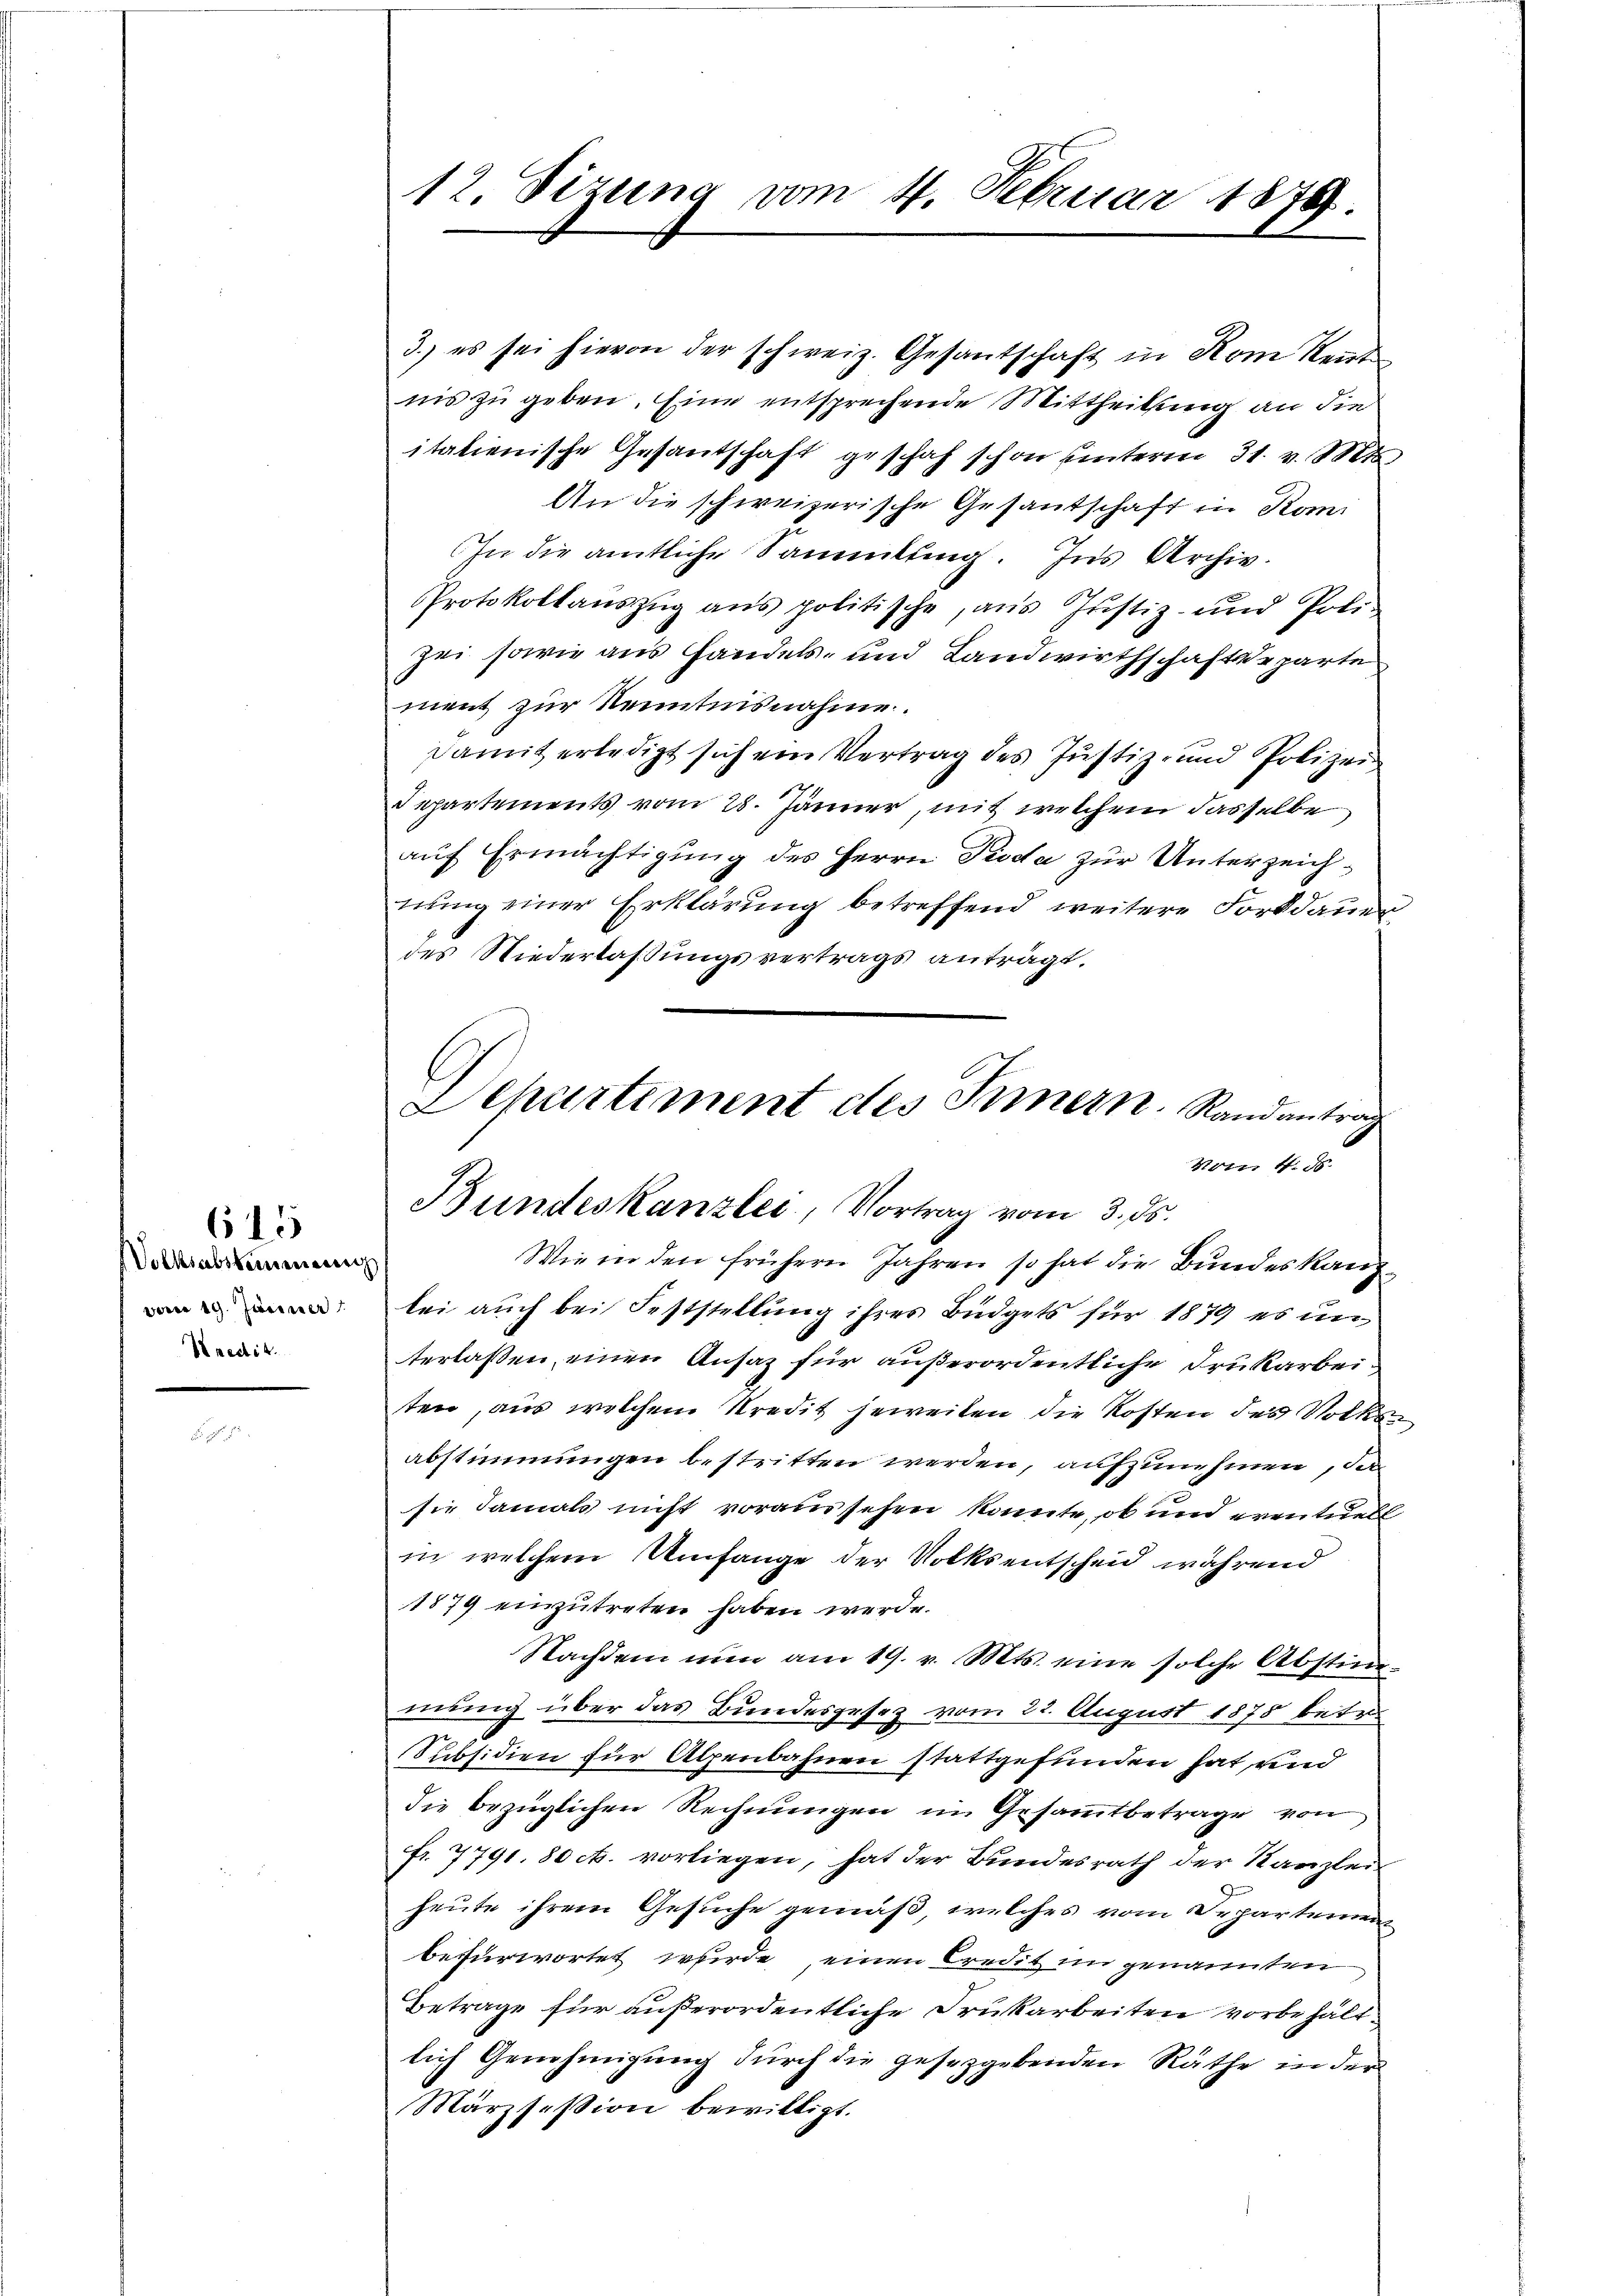
615
Volksabstimmen
varen 19. Jänner
Kredit.

12. Sizung vom 4. Februar 1879.

3.) es sei hievon der schweiz. Gesantschaft in Rom Rent
nis zu geben. Eine entsprechende Mittheilung an die
italienische Gesandschaft geschah schon unterm 31. v. Mts.
An die schweizerische Gesandschaft in Kom
In die amtliche Sammlung. Ins Archiv.
Protokollaŭszŭg ans politische, aŭs Justiz- und Poli-
zei sowie aus Handels- und Landwirthschaftsdeparte
ment zur Kenntnisnahme.
damit erledigt sich ein Vertrag des Justiz- und Polizei
Departements vom 28. Jänner, mit welchem dasselbe
auf Ermächtigung des Herrn Pioda zur Unterzeichnung einer Erklärung betreffend weitere Fortdauer
des Niederlassungsvertrags anträgt.
Wie in den frühern Jahren so hat die Bundeskanzlei auch bei Feststellung ihres Büdgets für 1879 es un
terlaßen, einen Ansaz für außerordentliche Trukarbei
ten, aus welchem Kredit jeweiten die Kosten des Volks
abstimmungen bestritten werden, aufzunehmen, da
sie damals nicht voransehen könnte, ob und eventuell
in welchem Umfange der Volksentscheid während
1879 einzutreten haben werde.
Nachdem nun am 19. v. Mts. eine solche Abstimmung über das Bundesgesez vom 22. August 1875 betr.
Subsidien für Alpenbahnen stattgefunden hat und
die bezüglichen Rechnungen im Gesammtbetrage von
fr. 7791. 80 c. vorliegen, hat der Bundesrath der Kanzlei
heute ihrem Gesuche gemäß, welches vom Departemen
befürwortet werde, einen Credit im genannten
Betrage für außerordentliche Drukarbeiten vorbehalt
lich Genehmigung durch die gesetzgebenden Räthe in der
Märzsession bewilligt.

Schürtement des Innern. Randantrag
Nitn 4. d.
Bundeskanzlei, Vortrag vom 3. ds.